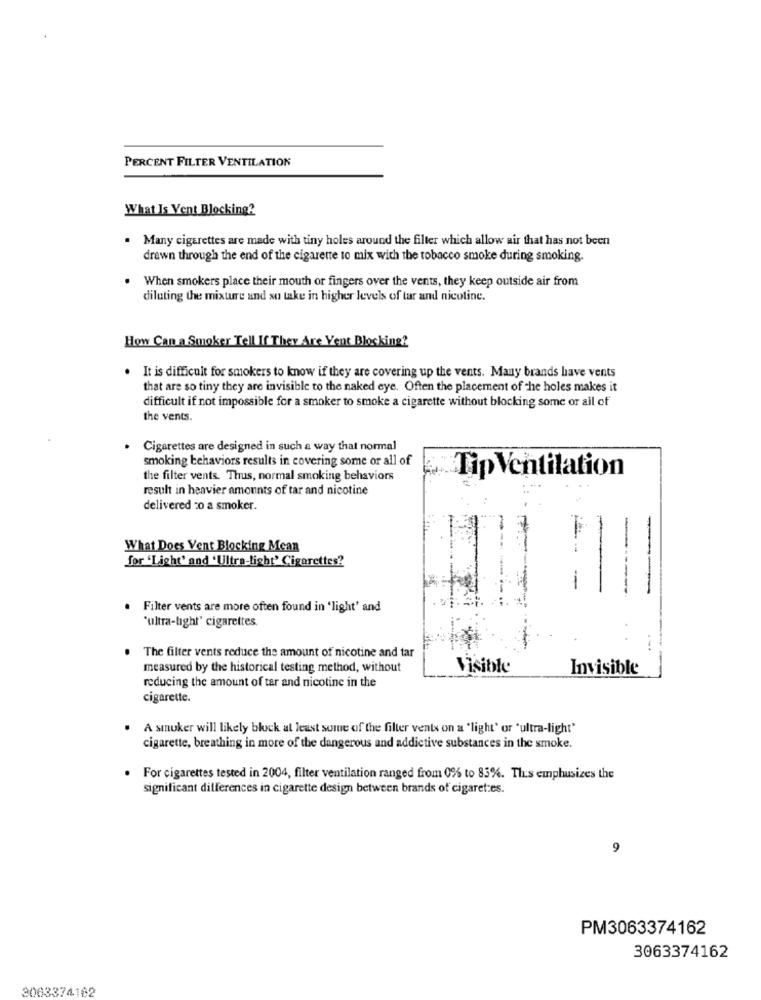
PERCENT FILTER VENTILATION
What Is Vent Blocking?
. Many cigarettes are made with tiny holes around the filter which allow air that has not been
drawn through the end of the cigarette to mix with the tobacco smoke during smoking.
When smokers place their mouth or fingers over the vents, they keep outside air from
diluting the mixture and so take in higher levels of tar and nicotine.
How Can a Smoker Tell If They Are Vent Blocking?
It is difficult for smokers to know if they are covering up the vents. Many brands have vents
that are so tiny they are invisible to the naked eye. Often the placement of the holes makes it
difficult if not impossible for a smoker to smoke a cigarette without blocking some or all of
the vents.
. Cigarettes are designed in such a way that normal
smoking behaviors results in covering some or all of
Tip Ventilation
the filter vents. Thus, normal smoking behaviors
result in heavier amounts of tar and nicotine
delivered 20 a smoker.
What Does Vent Blocking Mean
for 'Light' and 'Ultra-light' Cigarettes?
Filter vents are more often found in 'light' and
"ultra-light' cigarettes
. The filter vents reduce the amount of nicotine and tar
measured by the historical testing method, without
Visible
Invisible
-
reducing the amount of tar and nicotine in the
cigarette.
A smuker will likely block at least some of the filter vents on a 'light' or 'ultra-light'
cigarette, breathing in more of the dangerous and addictive substances in the smoke.
For cigarettes tested in 2004, filter ventilation ranged from 0% to 85%. Thus emphasizes the
significant differences in cigarette design between brands of cigarettes.
9
PM3063374162
3063374162
3063374182